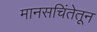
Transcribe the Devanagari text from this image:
मानसचिंतेतून